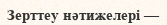
Зерттеу нәтижелері —